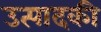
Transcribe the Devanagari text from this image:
उत्पादकी